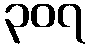
၃၀၇